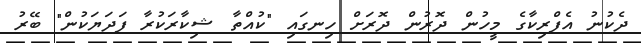
ދެކުނު އެފްރިކާގެ މީހުން ދޮރުން ދޮރަށް ހިނގައި "ކުއްތާ ޝިކާރަކުރާ ފަދަޔަކުން" ބޭރު